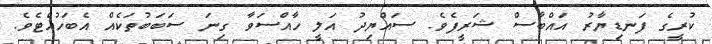
ކުރީގެ ފަނޑިޔާރު އައްބާސް ޝަރީފެވެ. ސައްޔިދު އަލީ ހާއްސަވާ ގިނަ ސަބަބުތަކެއް އެބަހުއްޓެވެ.